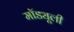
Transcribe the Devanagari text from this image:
मॉड्यूली